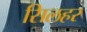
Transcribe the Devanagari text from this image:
सिलहर